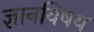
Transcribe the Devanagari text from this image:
ज्ञानविषय